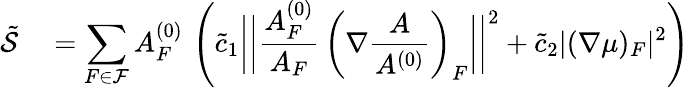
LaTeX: \begin{array}{rl}{\tilde{\mathcal{S}}}&{{}=\displaystyle\sum_{F\in\mathcal{F}}A_{F}^{(0)}\, \left(\tilde{c}_{1}\bigg|\bigg|\frac{A_{F}^{(0)}}{A_{F}}\, \left(\nabla\frac{A}{A^{(0)}}\right)_{F}\bigg|\bigg|^{2}+\tilde{c}_{2}|(\nabla\mu)_{F}|^{2}\right)}\end{array}